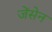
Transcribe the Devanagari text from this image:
जेंसेन